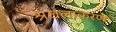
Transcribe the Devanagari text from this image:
श्रंखलाकरण